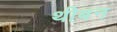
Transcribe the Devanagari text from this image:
थीबन